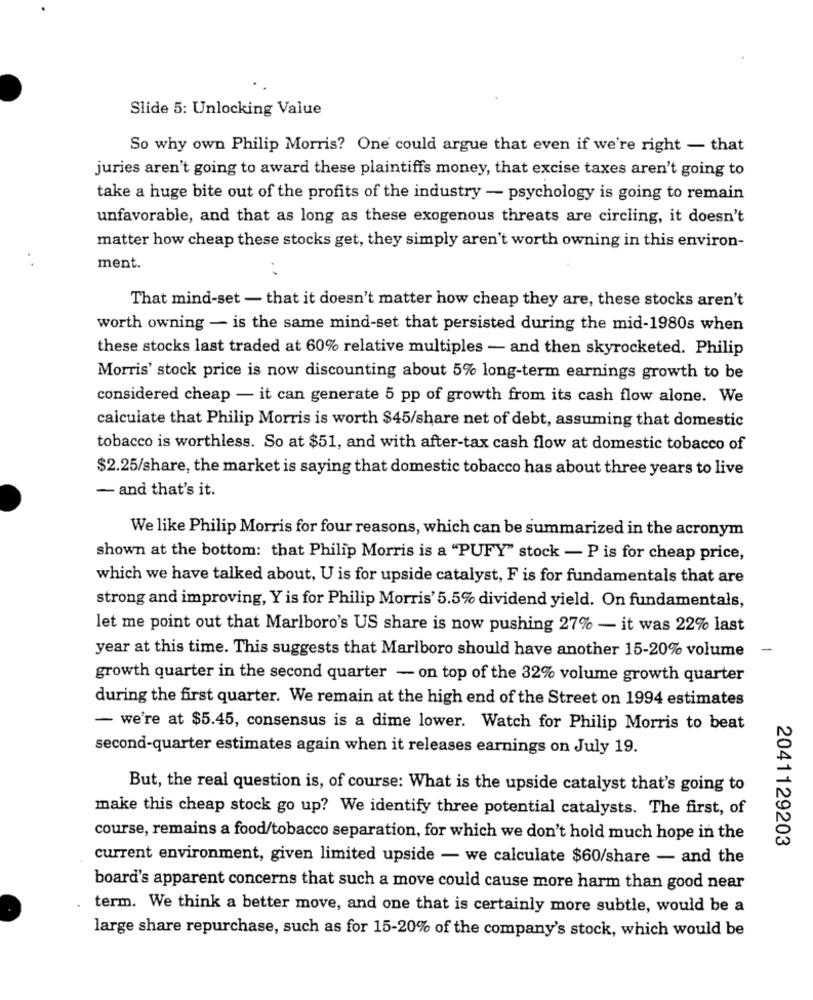
Slide 5: Unlocking Value
So why own Philip Morris? One could argue that even if we're right - that
juries aren't going to award these plaintiffs money, that excise taxes aren't going to
take a huge bite out of the profits of the industry - psychology is going to remain
unfavorable, and that as long as these exogenous threats are circling, it doesn't
matter how cheap these stocks get, they simply aren't worth owning in this environ-
ment.
That mind-set - that it doesn't matter how cheap they are, these stocks aren't
worth owning - is the same mind-set that persisted during the mid-1980s when
these stocks last traded at 60% relative multiples - and then skyrocketed. Philip
Morris' stock price is now discounting about 5% long-term earnings growth to be
considered cheap - it can generate 5 pp of growth from its cash flow alone. We
calculate that Philip Morris is worth $45/share net of debt, assuming that domestic
tobacco is worthless. So at $51, and with after-tax cash flow at domestic tobacco of
$2.25/share, the market is saying that domestic tobacco has about three years to live
- and that's it.
We like Philip Morris for four reasons, which can be summarized in the acronym
shown at the bottom: that Philip Morris is a "PUFY" stock - P is for cheap price,
which we have talked about, U is for upside catalyst, F is for fundamentals that are
strong and improving, Y is for Philip Morris' 5.5% dividend yield. On fundamentals,
let me point out that Marlboro's US share is now pushing 27% - it was 22% last
year at this time. This suggests that Marlboro should have another 15-20% volume
-
growth quarter in the second quarter - on top of the 32% volume growth quarter
during the first quarter. We remain at the high end of the Street on 1994 estimates
- we're at $5.45, consensus is a dime lower. Watch for Philip Morris to beat
second-quarter estimates again when it releases earnings on July 19.
But, the real question is, of course: What is the upside catalyst that's going to
make this cheap stock go up? We identify three potential catalysts. The first, of
course, remains a food/tobacco separation, for which we don't hold much hope in the
2041129203
current environment, given limited upside - we calculate $60/share - and the
board's apparent concerns that such a move could cause more harm than good near
term. We think a better move, and one that is certainly more subtle, would be a
large share repurchase, such as for 15-20% of the company's stock, which would be